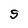
Character: S